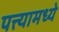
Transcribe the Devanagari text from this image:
पत्त्यामध्ये